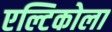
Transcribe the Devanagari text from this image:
एल्टिकोला